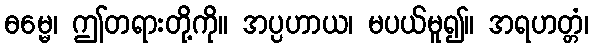
ဓမ္မေ၊ ဤတရားတို့ကို။ အပ္ပဟာယ၊ မပယ်မူ၍။ အရဟတ္တံ၊